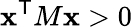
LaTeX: \mathbf{x}^{\textsf{{T}}}M\mathbf{x}>0